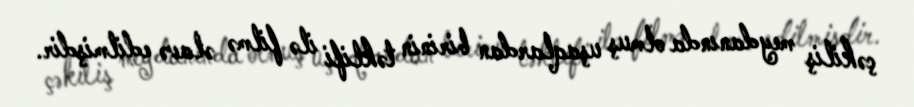
çəkiliş meydanında olmuş uşaqlardan birinin təklifi ilə filmə əlavə edilmişdir.